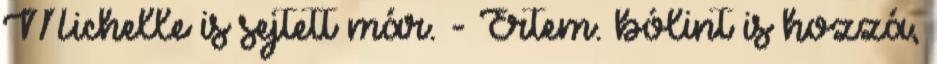
Michelle is sejtett már. - Értem. bólint is hozzá,